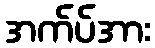
အက်ပ်အား